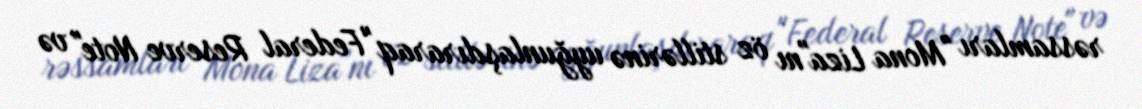
rəssamları "Mona Liza"nı öz stillərinə uyğunlaşdıraraq "Federal Reserve Note" və